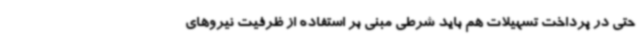
حتی در پرداخت تسهیلات هم باید شرطی مبنی بر استفاده از ظرفیت نیروهای